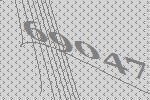
69047